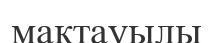
мақтауылы